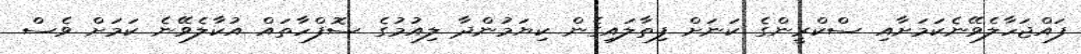
ފައްޖަހާލެވޭނެކަމަށާއި ސްކްރީންގެ ކަނަށް ފިތާލައިގެން ކިޔަމުންދާ ލިއުމުގެ ސޮފްހާތައް އުކާލެވޭނެ ކަމަށް ވެސް